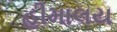
હીમાલય